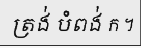
ត្រង់ បំពង់ ក ។